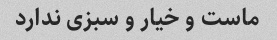
ماست و خیار و سبزی ندارد